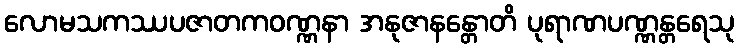
လောမသကဿပဇာတကဝဏ္ဏနာ အနုဇာနန္တောတိ ပုရာဏပဏ္ဏန္တရေသု